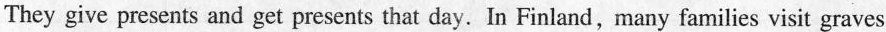
They give presents and get presents that day.In Finland,many families visit graves